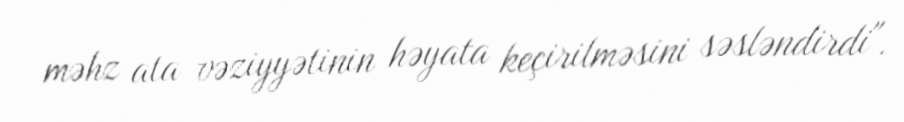
məhz ata vəziyyətinin həyata keçirilməsini səsləndirdi".